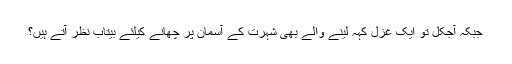
جبکہ آجکل تو ایک غزل کہہ لینے والے بھی شہرت کے آسمان پر چھانے کیلئے بیتاب نظر آتے ہیں؟